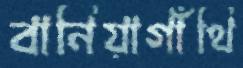
বানিয়াগাঁথি